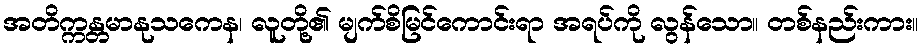
အတိက္ကန္တမာနုသကေန၊ လူတို့၏ မျက်စိမြင်ကောင်းရာ အရပ်ကို လွန်သော။ တစ်နည်းကား။